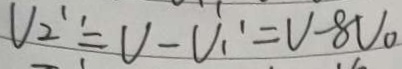
V _ { 2 } ^ { \prime \prime } = V - V _ { 1 } ^ { \prime } = V - 8 V _ { 0 }